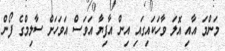
މަންމަ އާއި އޮލަ ވާހަކައިގައި އިން އާފިޔާ އަވަސް އަވަހަށް ސާލިމްގެ ފޯން